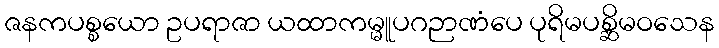
ဇနကပစ္စယော ဥပရာဇာ ယထာကမ္မူပဂဉာဏံပေ ပုရိမပစ္ဆိမဝသေန